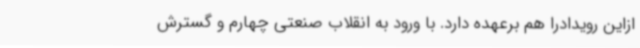
ازاین رویدادرا هم برعهده دارد. با ورود به انقلاب صنعتی چهارم و گسترش